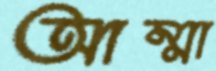
আম্মা